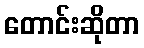
တောင်းဆိုတာ